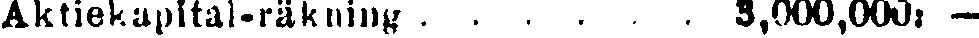
Aktiekapital-räkning . . . . . 3,000,000: -